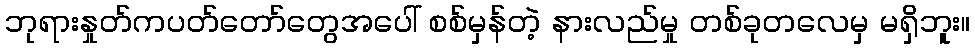
ဘုရားနှုတ်ကပတ်တော်တွေအပေါ် စစ်မှန်တဲ့ နားလည်မှု တစ်ခုတလေမှ မရှိဘူး။